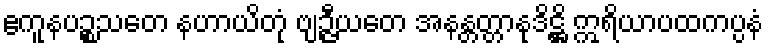
ဧကူနပဉ္စသတေ နဟာယိတုံ ဗျဉ္ဇီယတေ အနန္တတ္တာနုဒိဋ္ဌိ ဣရိယာပထကပ္ပနံ